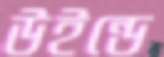
উইন্ডে